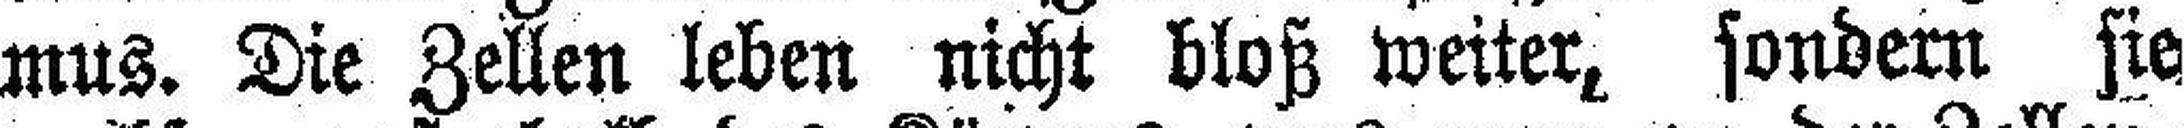
mus. Die Zellen leben nicht bloß weiter, sondern sie